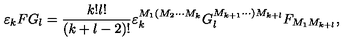
\varepsilon _ { k } F G _ { l } = \frac { k ! l ! } { \left( k + l - 2 \right) ! } \varepsilon _ { k } ^ { M _ { 1 } ( M _ { 2 } \cdots M _ { k } } G _ { l } ^ { M _ { k + 1 } \cdots ) M _ { k + l } } F _ { M _ { 1 } M _ { k + l } } ,